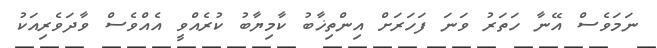
ނަމަވެސް އޭނާ ހަތަރު ވަނަ ފަހަރަށް އިންތިޚާބު ކާމިޔާބު ކުރެއްވީ އެއްވެސް ވާދަވެރިއަކު